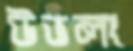
উভলং